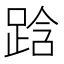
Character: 𮛜